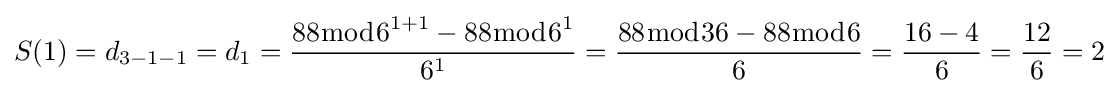
S(1)=d_{3-1-1}=d_{1}={\frac {88{\bmod {6}}^{1+1}-88{\bmod {6}}^{1}}{6^{1}}}={\frac {88{\bmod {3}}6-88{\bmod {6}}}{6}}={\frac {16-4}{6}}={\frac {12}{6}}=2